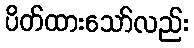
ပိတ်ထားသော်လည်း